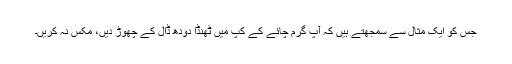
جس کو ایک مثال سے سمجھتے ہیں کہ آپ گرم چائے کے کپ میں ٹھنڈا دودھ ڈال کے چھوڑ دیں، مکس نہ کریں۔